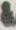
&